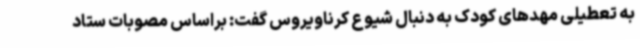
به تعطیلی مهدهای کودک به دنبال شیوع کرناویروس گفت: براساس مصوبات ستاد